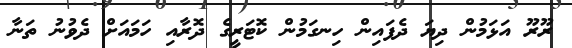
ރޫރޫ އަޅަމުން ދިޔަ ދެފައިން ހިނގަމުން ކޮޓަރީގެ ދޮރާއި ހަމައަށް ދެވުނު ތަނާ